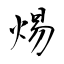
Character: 焬